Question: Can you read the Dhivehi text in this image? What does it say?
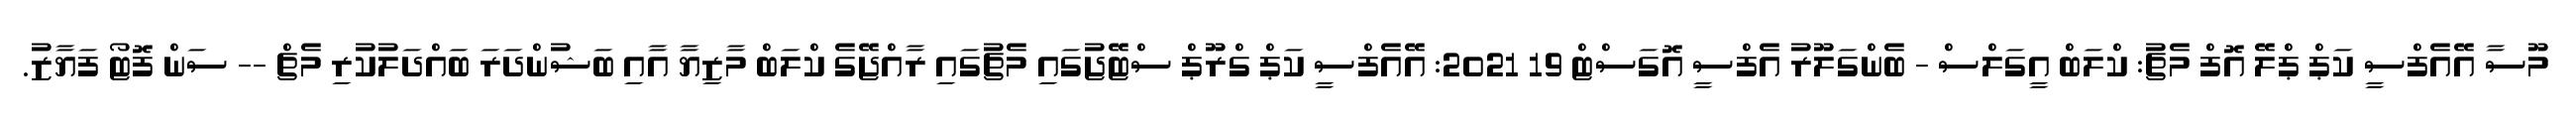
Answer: މޫސާ އޭއެފްސީ ކަޕް ޕްލޭ އޮފް މެޗު: ކްލަބް އީގަލްސް - ބެންގަލޫރު އެފްސީ އޮގަސްޓް 19 2021: އޭއެފްސީ ކަޕް ގްރޫޕް ސްޓޭޖުގައި މެޗުގައި ރާއްޖޭގެ ކްލަބް މާޒިޔާ އާއި ބަޝުންދަރަ ބައްދަލުކުރި މެޗް -- ސަން ފޮޓޯ ފަޔާޒު.